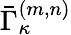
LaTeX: \bar{\Gamma}_{\kappa}^{(m,n)}